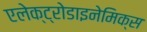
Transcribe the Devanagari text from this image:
एलेक्ट्रोडाइनेमिक्स